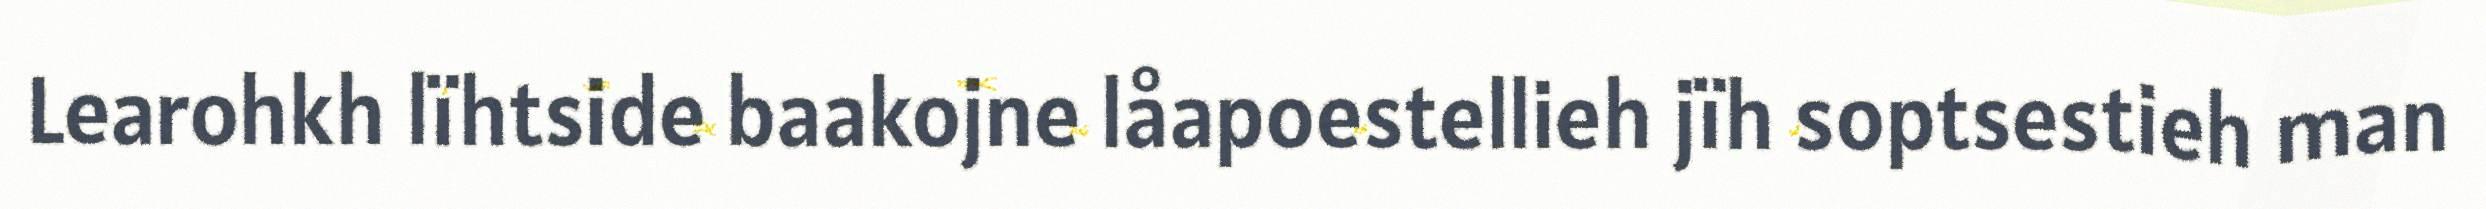
Learohkh lïhtside baakojne låapoestellieh jïh soptsestieh man